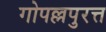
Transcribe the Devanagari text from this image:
गोपल्लपुरत्त